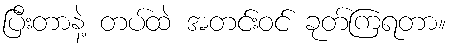
ပြီးတာနဲ့ တပ်ထဲ အတင်းဝင် ခုတ်ကြရတာ။